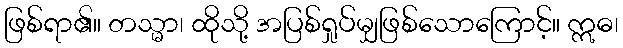
ဖြစ်ရာ၏။ တသ္မာ၊ ထိုသို့ အပြစ်ရှုပ်မျှဖြစ်သောကြောင့်။ ဣဓ၊